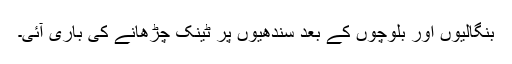
بنگالیوں اور بلوچوں کے بعد سندھیوں پر ٹینک چڑھانے کی باری آئی۔